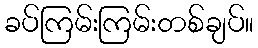
ခပ်ကြမ်းကြမ်းတစ်ချပ်။